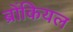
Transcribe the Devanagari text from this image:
ब्रोंकियल